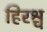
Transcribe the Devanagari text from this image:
हिरश्च